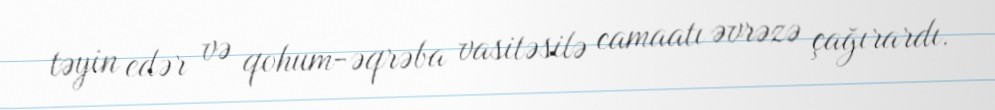
təyin edər və qohum-əqrəba vasitəsilə camaatı əvrəzə çağırardı.